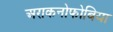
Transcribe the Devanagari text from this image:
अराकनोफोबिया